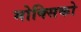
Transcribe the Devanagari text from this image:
मोक्सिको